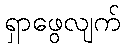
ရှာဖွေလျက်